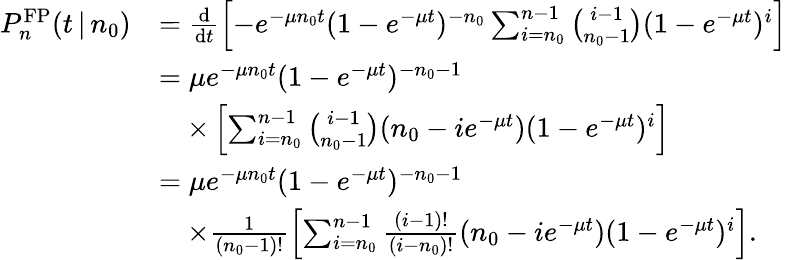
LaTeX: \begin{array}{rl}{P_{n}^{\mathrm{FP}}(t\, |\, n_{0})}&{=\frac{\mathrm{d}}{\mathrm{d}t}\left[-e^{-\mu n_{0}t}(1-e^{-\mu t})^{-n_{0}}\sum_{i=n_{0}}^{n-1}{\binom{i-1}{n_{0}-1}}(1-e^{-\mu t})^{i}\right]}\\ &{=\mu e^{-\mu n_{0}t}(1-e^{-\mu t})^{-n_{0}-1}}\\ &{\quad\times\left[\sum_{i=n_{0}}^{n-1}{\binom{i-1}{n_{0}-1}}(n_{0}-ie^{-\mu t})(1-e^{-\mu t})^{i}\right]}\\ &{=\mu e^{-\mu n_{0}t}(1-e^{-\mu t})^{-n_{0}-1}}\\ &{\quad\times\frac{1}{(n_{0}-1)!}\left[\sum_{i=n_{0}}^{n-1}\frac{(i-1)!}{(i-n_{0})!}(n_{0}-ie^{-\mu t})(1-e^{-\mu t})^{i}\right].}\end{array}